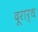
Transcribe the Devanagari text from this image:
दूरार्ध